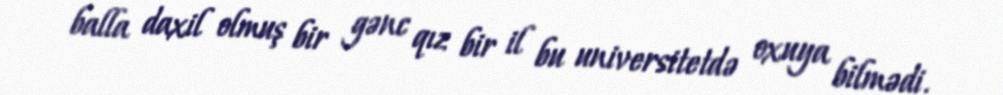
balla daxil olmuş bir gənc qız bir il bu universitetdə oxuya bilmədi.